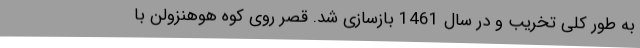
به طور کلی تخریب و در سال 1461 بازسازی شد. قصر روی کوه هوهنزولن با